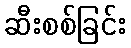
ဆီးစစ်ခြင်း